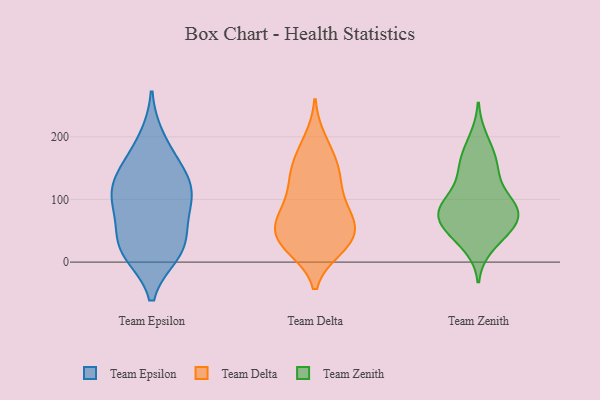
{"axis": {"x": "Headcount", "y": "Value"}, "legend": ["Team Delta", "Team Epsilon", "Team Zenith"], "data": [{"x": "", "y": 155, "type": "Team Epsilon"}, {"x": "", "y": 56, "type": "Team Epsilon"}, {"x": "", "y": 18, "type": "Team Epsilon"}, {"x": "", "y": 197, "type": "Team Epsilon"}, {"x": "", "y": 106, "type": "Team Epsilon"}, {"x": "", "y": 14, "type": "Team Epsilon"}, {"x": "", "y": 32, "type": "Team Epsilon"}, {"x": "", "y": 151, "type": "Team Epsilon"}, {"x": "", "y": 92, "type": "Team Epsilon"}, {"x": "", "y": 125, "type": "Team Epsilon"}, {"x": "", "y": 117, "type": "Team Epsilon"}, {"x": "", "y": 19, "type": "Team Epsilon"}, {"x": "", "y": 93, "type": "Team Epsilon"}, {"x": "", "y": 146, "type": "Team Delta"}, {"x": "", "y": 61, "type": "Team Delta"}, {"x": "", "y": 136, "type": "Team Delta"}, {"x": "", "y": 27, "type": "Team Delta"}, {"x": "", "y": 78, "type": "Team Delta"}, {"x": "", "y": 179, "type": "Team Delta"}, {"x": "", "y": 22, "type": "Team Delta"}, {"x": "", "y": 37, "type": "Team Delta"}, {"x": "", "y": 22, "type": "Team Delta"}, {"x": "", "y": 112, "type": "Team Delta"}, {"x": "", "y": 76, "type": "Team Delta"}, {"x": "", "y": 65, "type": "Team Delta"}, {"x": "", "y": 36, "type": "Team Delta"}, {"x": "", "y": 134, "type": "Team Delta"}, {"x": "", "y": 61, "type": "Team Delta"}, {"x": "", "y": 155, "type": "Team Delta"}, {"x": "", "y": 195, "type": "Team Delta"}, {"x": "", "y": 93, "type": "Team Delta"}, {"x": "", "y": 39, "type": "Team Delta"}, {"x": "", "y": 26, "type": "Team Zenith"}, {"x": "", "y": 79, "type": "Team Zenith"}, {"x": "", "y": 93, "type": "Team Zenith"}, {"x": "", "y": 47, "type": "Team Zenith"}, {"x": "", "y": 103, "type": "Team Zenith"}, {"x": "", "y": 150, "type": "Team Zenith"}, {"x": "", "y": 196, "type": "Team Zenith"}, {"x": "", "y": 75, "type": "Team Zenith"}, {"x": "", "y": 55, "type": "Team Zenith"}, {"x": "", "y": 85, "type": "Team Zenith"}, {"x": "", "y": 138, "type": "Team Zenith"}, {"x": "", "y": 45, "type": "Team Zenith"}, {"x": "", "y": 154, "type": "Team Zenith"}, {"x": "", "y": 173, "type": "Team Zenith"}, {"x": "", "y": 64, "type": "Team Zenith"}, {"x": "", "y": 81, "type": "Team Zenith"}, {"x": "", "y": 90, "type": "Team Zenith"}]}